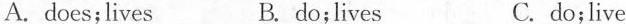
A.does;lives B. do;lives C.do;live